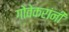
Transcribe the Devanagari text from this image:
गोवेकरांनी